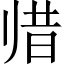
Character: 𱍳